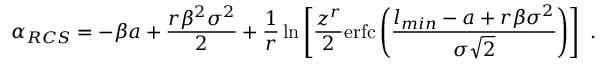
\alpha _ { R C S } = - \beta a + \frac { r \beta ^ { 2 } \sigma ^ { 2 } } { 2 } + \frac { 1 } { r } \ln \left[ \frac { z ^ { r } } { 2 } \mathrm { e r f c } \left( \frac { l _ { m i n } - a + r \beta \sigma ^ { 2 } } { \sigma \sqrt 2 } \right) \right] \ .